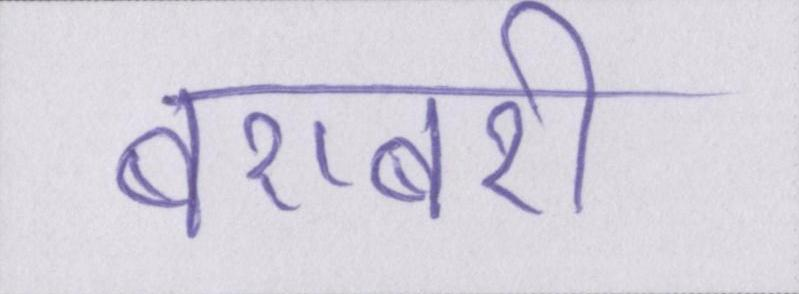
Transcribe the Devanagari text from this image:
बराबरी